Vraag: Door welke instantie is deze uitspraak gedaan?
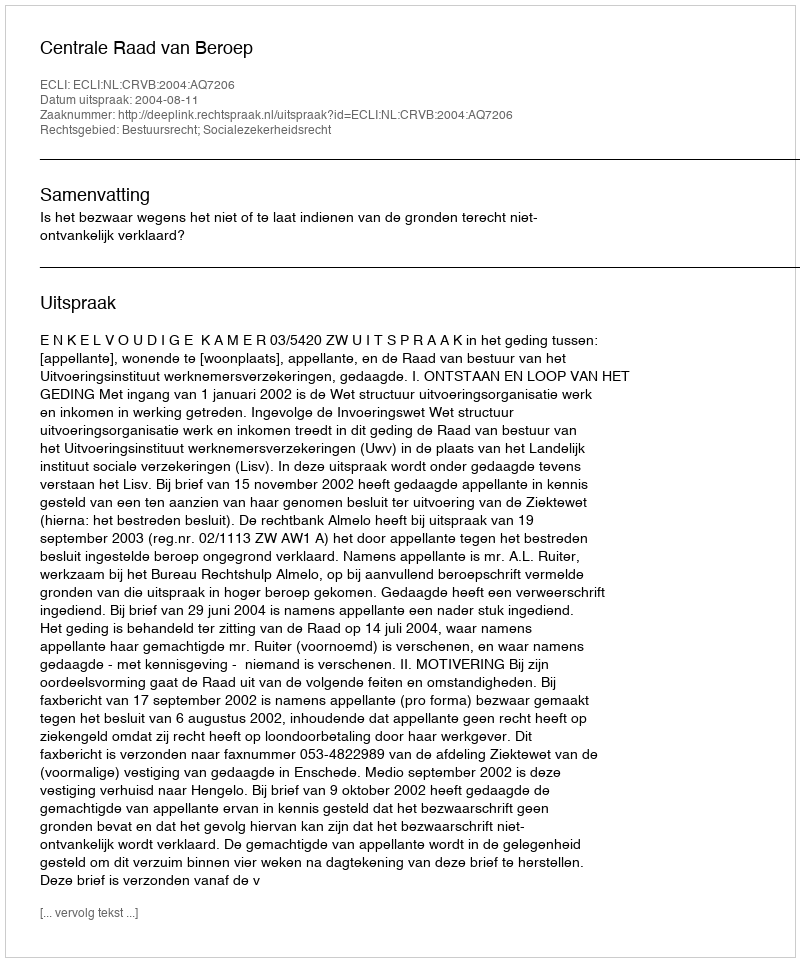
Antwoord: Centrale Raad van Beroep